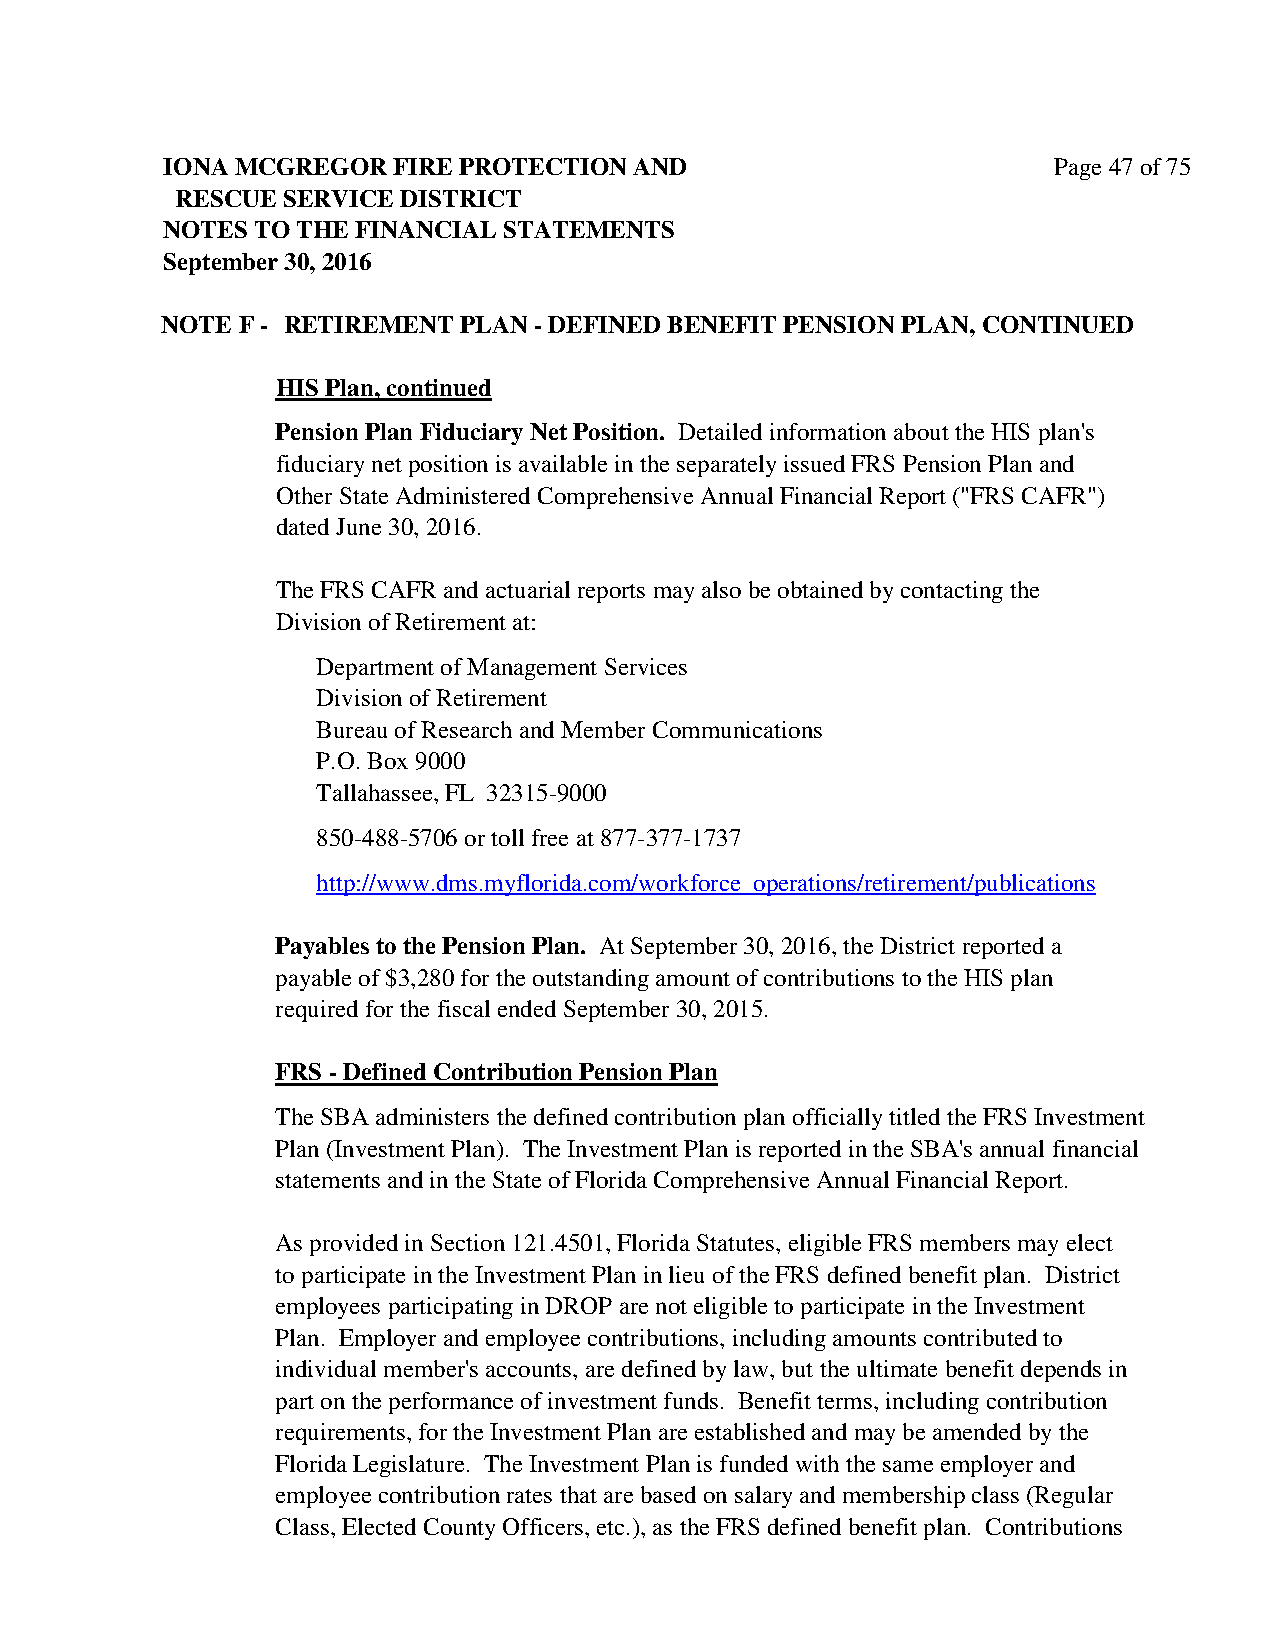
IONA MCGREGOR  FIRE PROTECTION AND                         Page 47 of 75
 RESCUE SERVICE DISTRICT
 NOTES TO THE FINANCIAL STATEMENTS
 September 30, 2016
 NOTE F - RETIREMENT PLAN - DEFINED BENEFIT PENSION PLAN, CONTINUED
 HIS Plan, continued
 Pension Plan Fiduciary Net Position. Detailed information about the HIS plan's
 fiduciary net position is available in the separately issued FRS Pension Plan and
 Other State Administered Comprehensive Annual Financial Report ("FRS CAFR")
 dated June 30, 2016.
 The FRS CAFR and actuarial reports may also be obtained by contacting the
 Division of Retirement at:
 Department of Management Services
 Division of Retirement
 Bureau of Research and Member Communications
 P.O. Box 9000
 Tallahassee, FL 32315-9000
 850-488-5706 or toll free at 877-377-1737
 http://www.dms.myflorida.com/workforce_operations/retirement/publications
 Payables to the Pension Plan. At September 30, 2016, the District reported a
 payable of $3,280 for the outstanding amount of contributions to the HIS plan
 required for the fiscal ended September 30, 2015.
 FRS - Defined Contribution Pension Plan
 The SBA administers the defined contribution plan officially titled the FRS Investment
 Plan (Investment Plan). The Investment Plan is reported in the SBA's annual financial
 statements and in the State of Florida Comprehensive Annual Financial Report.
 As provided in Section 121.4501, Florida Statutes, eligible FRS members may elect
 to participate in the Investment Plan in lieu of the FRS defined benefit plan. District
 employees participating in DROP are not eligible to participate in the Investment
 Plan. Employer and employee contributions, including amounts contributed to
 individual member's accounts, are defined by law, but the ultimate benefit depends in
 part on the performance of investment funds. Benefit terms, including contribution
 requirements, for the Investment Plan are established and may be amended by the
 Florida Legislature. The Investment Plan is funded with the same employer and
 employee contribution rates that are based on salary and membership class (Regular
 Class, Elected County Officers, etc.), as the FRS defined benefit plan. Contributions